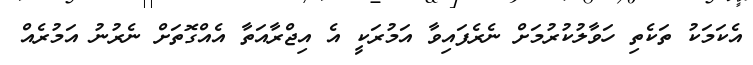
އެކަމަކު ތަކެތި ހަވާލުކުރުމަށް ނެރެފައިވާ އަމުރަކީ އެ އިޖްރާއަތާ އެއްގޮތަށް ނެރުނު އަމުރެއް